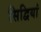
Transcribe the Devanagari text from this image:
सिद्वियां